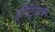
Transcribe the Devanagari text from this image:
इरिट्रियावर